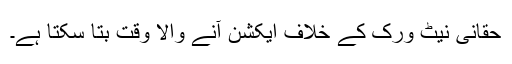
حقانی نیٹ ورک کے خلاف ایکشن آنے والا وقت بتا سکتا ہے۔